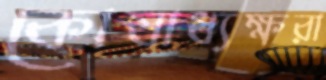
কোষাধ্যক্ষরা